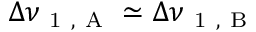
\Delta \nu _ { \mathrm { ~ 1 ~ , ~ A ~ } } \simeq \Delta \nu _ { \mathrm { ~ 1 ~ , ~ B ~ } }